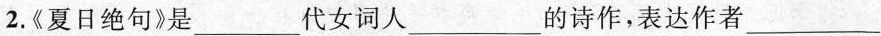
2.《夏日绝句》是___代女词人___的诗作，表达作者___